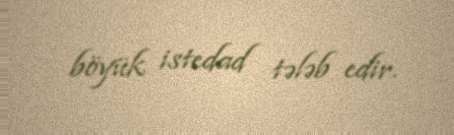
böyük istedad tələb edir.